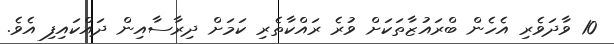
10 ވާދަވެރި އެހެން ބްރައުޒާތަކަށް ވުރެ ރައްކާތެރި ކަމަށް ދިރާސާއިން ދައްކައިފި އެވެ.